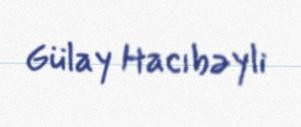
Gülay Hacıbəyli